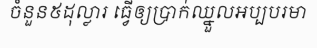
ចំនួន៥ដុល្លារ ធ្វើឲ្យប្រាក់ឈ្នួលអប្បបរមា